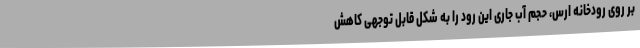
بر روی رودخانه ارس، حجم آب جاری این رود را به شکل قابل توجهی کاهش